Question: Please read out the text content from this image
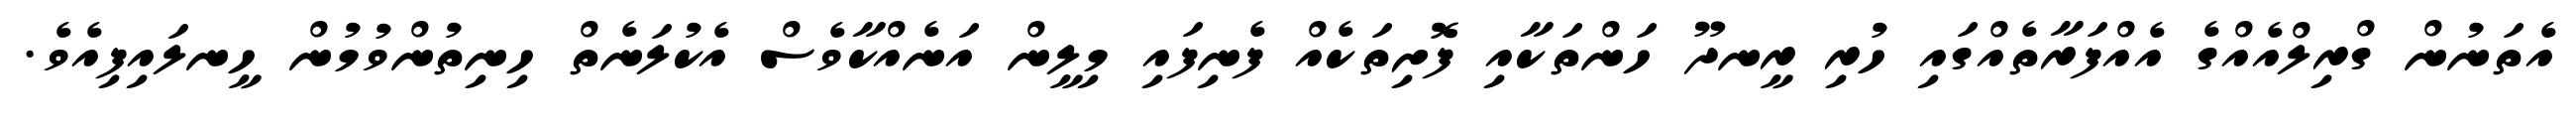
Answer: އެތަނުން ގްރިލްއެއްގެ އެއްފަރާތެއްގައި ހުރި ރީނދޫ ހަންތަކާއި ފޮށިތަކެއް ފެނިފައި މިލީން އަނެއްކާވެސް އެކުލަނެތް ހިނިތުންވުމުން ހީނލައިފިއެވެ.